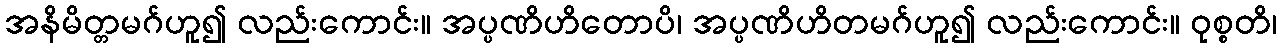
အနိမိတ္တမဂ်ဟူ၍ လည်းကောင်း။ အပ္ပဏိဟိတောပိ၊ အပ္ပဏိဟိတမဂ်ဟူ၍ လည်းကောင်း။ ဝုစ္စတိ၊